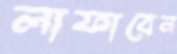
লাফাবেন